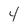
Character: 4